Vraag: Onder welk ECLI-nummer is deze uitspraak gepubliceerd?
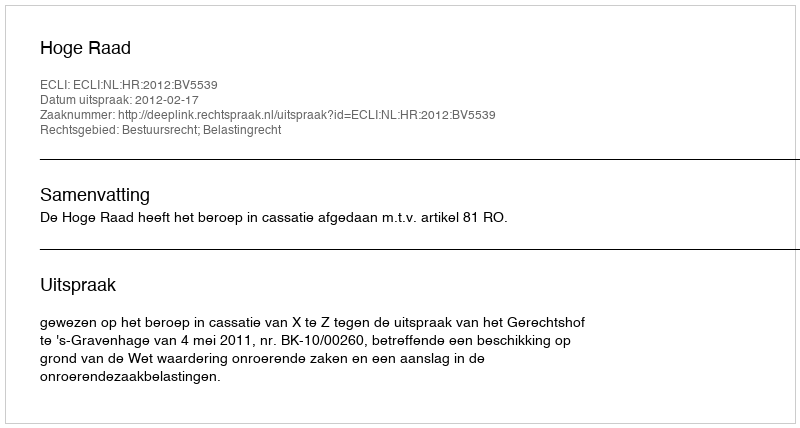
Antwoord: ECLI:NL:HR:2012:BV5539